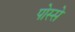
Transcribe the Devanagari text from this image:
पोस्से